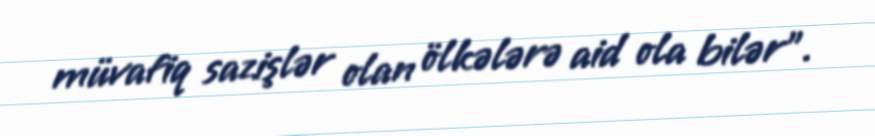
müvafiq sazişlər olan ölkələrə aid ola bilər”.